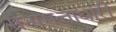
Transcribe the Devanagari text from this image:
सेनासत्ताधारी